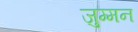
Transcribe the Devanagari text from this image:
जुम्मन